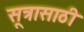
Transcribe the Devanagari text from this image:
सूत्रासाठी